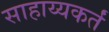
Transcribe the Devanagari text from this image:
साहाय्यकर्तं